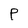
Character: p